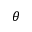
\theta